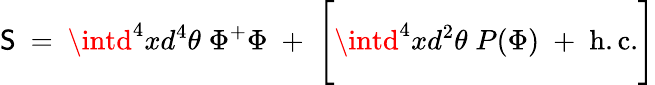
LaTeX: \mathsf{S}\ =\ \intd^{4}xd^{4}\theta\; \Phi^{+}\Phi\; +\; \Bigg[\intd^{4}xd^{2}\theta\; P(\Phi)\; +\; \mathrm{{h.c.}}\Bigg]